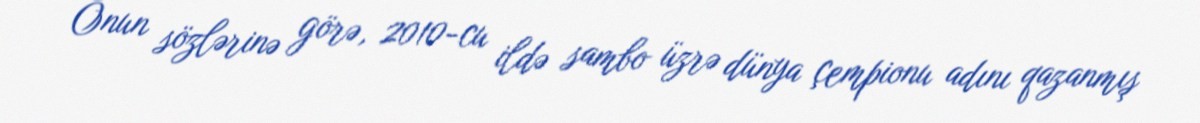
Onun sözlərinə görə, 2010-cu ildə sambo üzrə dünya çempionu adını qazanmış